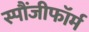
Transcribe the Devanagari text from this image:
स्पौंजीफॉर्म